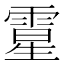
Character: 𩄆